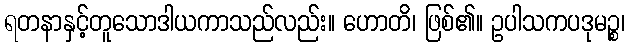
ရတနာနှင့်တူသောဒါယကာသည်လည်း။ ဟောတိ၊ ဖြစ်၏။ ဥပါသကပဒုမဉ္စ၊